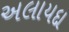
અલાયદા